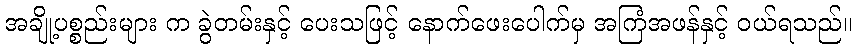
အချို့ပစ္စည်းများ က ခွဲတမ်းနှင့် ပေးသဖြင့် နောက်ဖေးပေါက်မှ အကြံအဖန်နှင့် ဝယ်ရသည်။